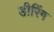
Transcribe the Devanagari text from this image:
डीरिंग